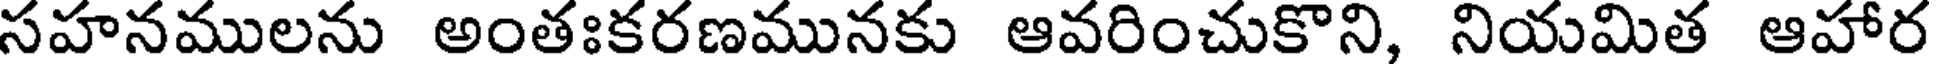
సహనములను అంతఃకరణమునకు ఆవరించుకొని, నియమిత ఆహార